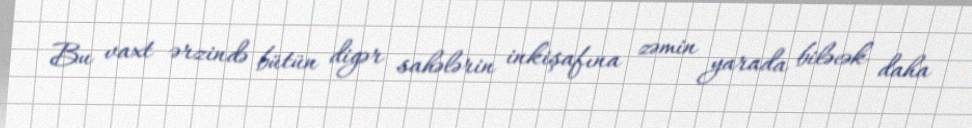
Bu vaxt ərzində bütün digər sahələrin inkişafına zəmin yarada biləcək daha